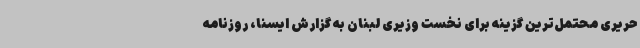
حریری محتمل‌ترین گزینه برای نخست وزیری لبنان به گزارش ایسنا، روزنامه